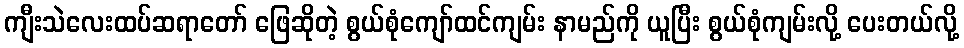
ကျီးသဲလေးထပ်ဆရာတော် ဖြေဆိုတဲ့ စွယ်စုံကျော်ထင်ကျမ်း နာမည်ကို ယူပြီး စွယ်စုံကျမ်းလို့ ပေးတယ်လို့